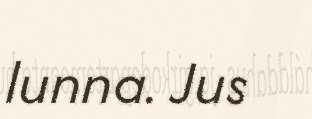
lunna. Jus